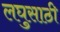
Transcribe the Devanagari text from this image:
लघुसाठी